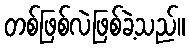
တစ်ဖြစ်လဲဖြစ်ခဲ့သည်။